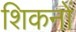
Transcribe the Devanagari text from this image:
शिकनों